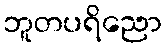
ဘူတပရိညော